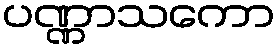
ပဏ္ဏာသကော